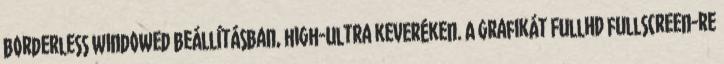
borderless windowed beállításban, high-ultra keveréken. A grafikát FullHD fullscreen-re